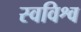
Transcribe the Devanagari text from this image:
स्वविश्व